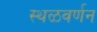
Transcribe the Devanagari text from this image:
स्थळवर्णन